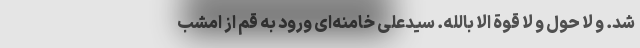
شد. و لا حول و لا قوة الا بالله. سیّدعلی خامنه‌ای ورود به قم از امشب